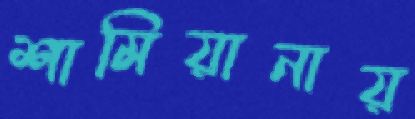
শামিয়ানায়